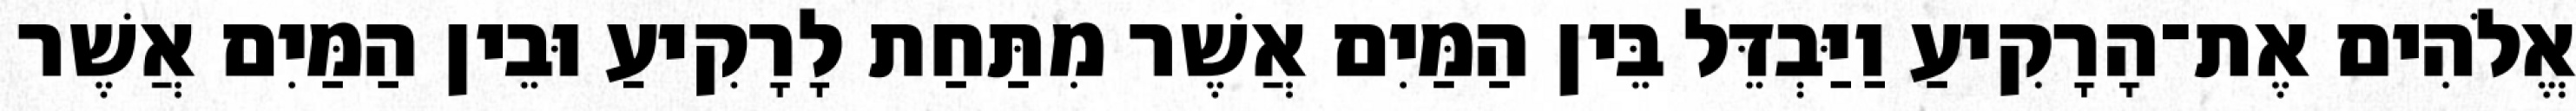
אֱלֹהִים אֶת־הָרָקִיעַ וַיַּבְדֵּל בֵּין הַמַּיִם אֲשֶׁר מִתַּחַת לָרָקִיעַ וּבֵין הַמַּיִם אֲשֶׁר